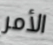
الأمر